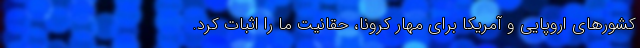
کشورهای اروپایی و آمریکا برای مهار کرونا، حقانیت ما را اثبات کرد.